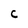
Character: C